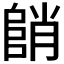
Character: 𱀓